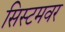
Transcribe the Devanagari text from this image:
सिस्टमवर